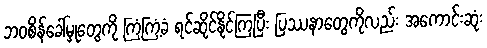
ဘဝစိန်ခေါ်မှုတွေကို ကြံ့ကြံ့ခံ ရင်ဆိုင်နိုင်ကြပြီး ပြဿနာတွေကိုလည်း အကောင်းဆုံး